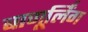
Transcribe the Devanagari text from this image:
बाणूर्लिंग